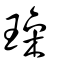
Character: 璪